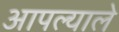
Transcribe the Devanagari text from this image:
आपल्याले